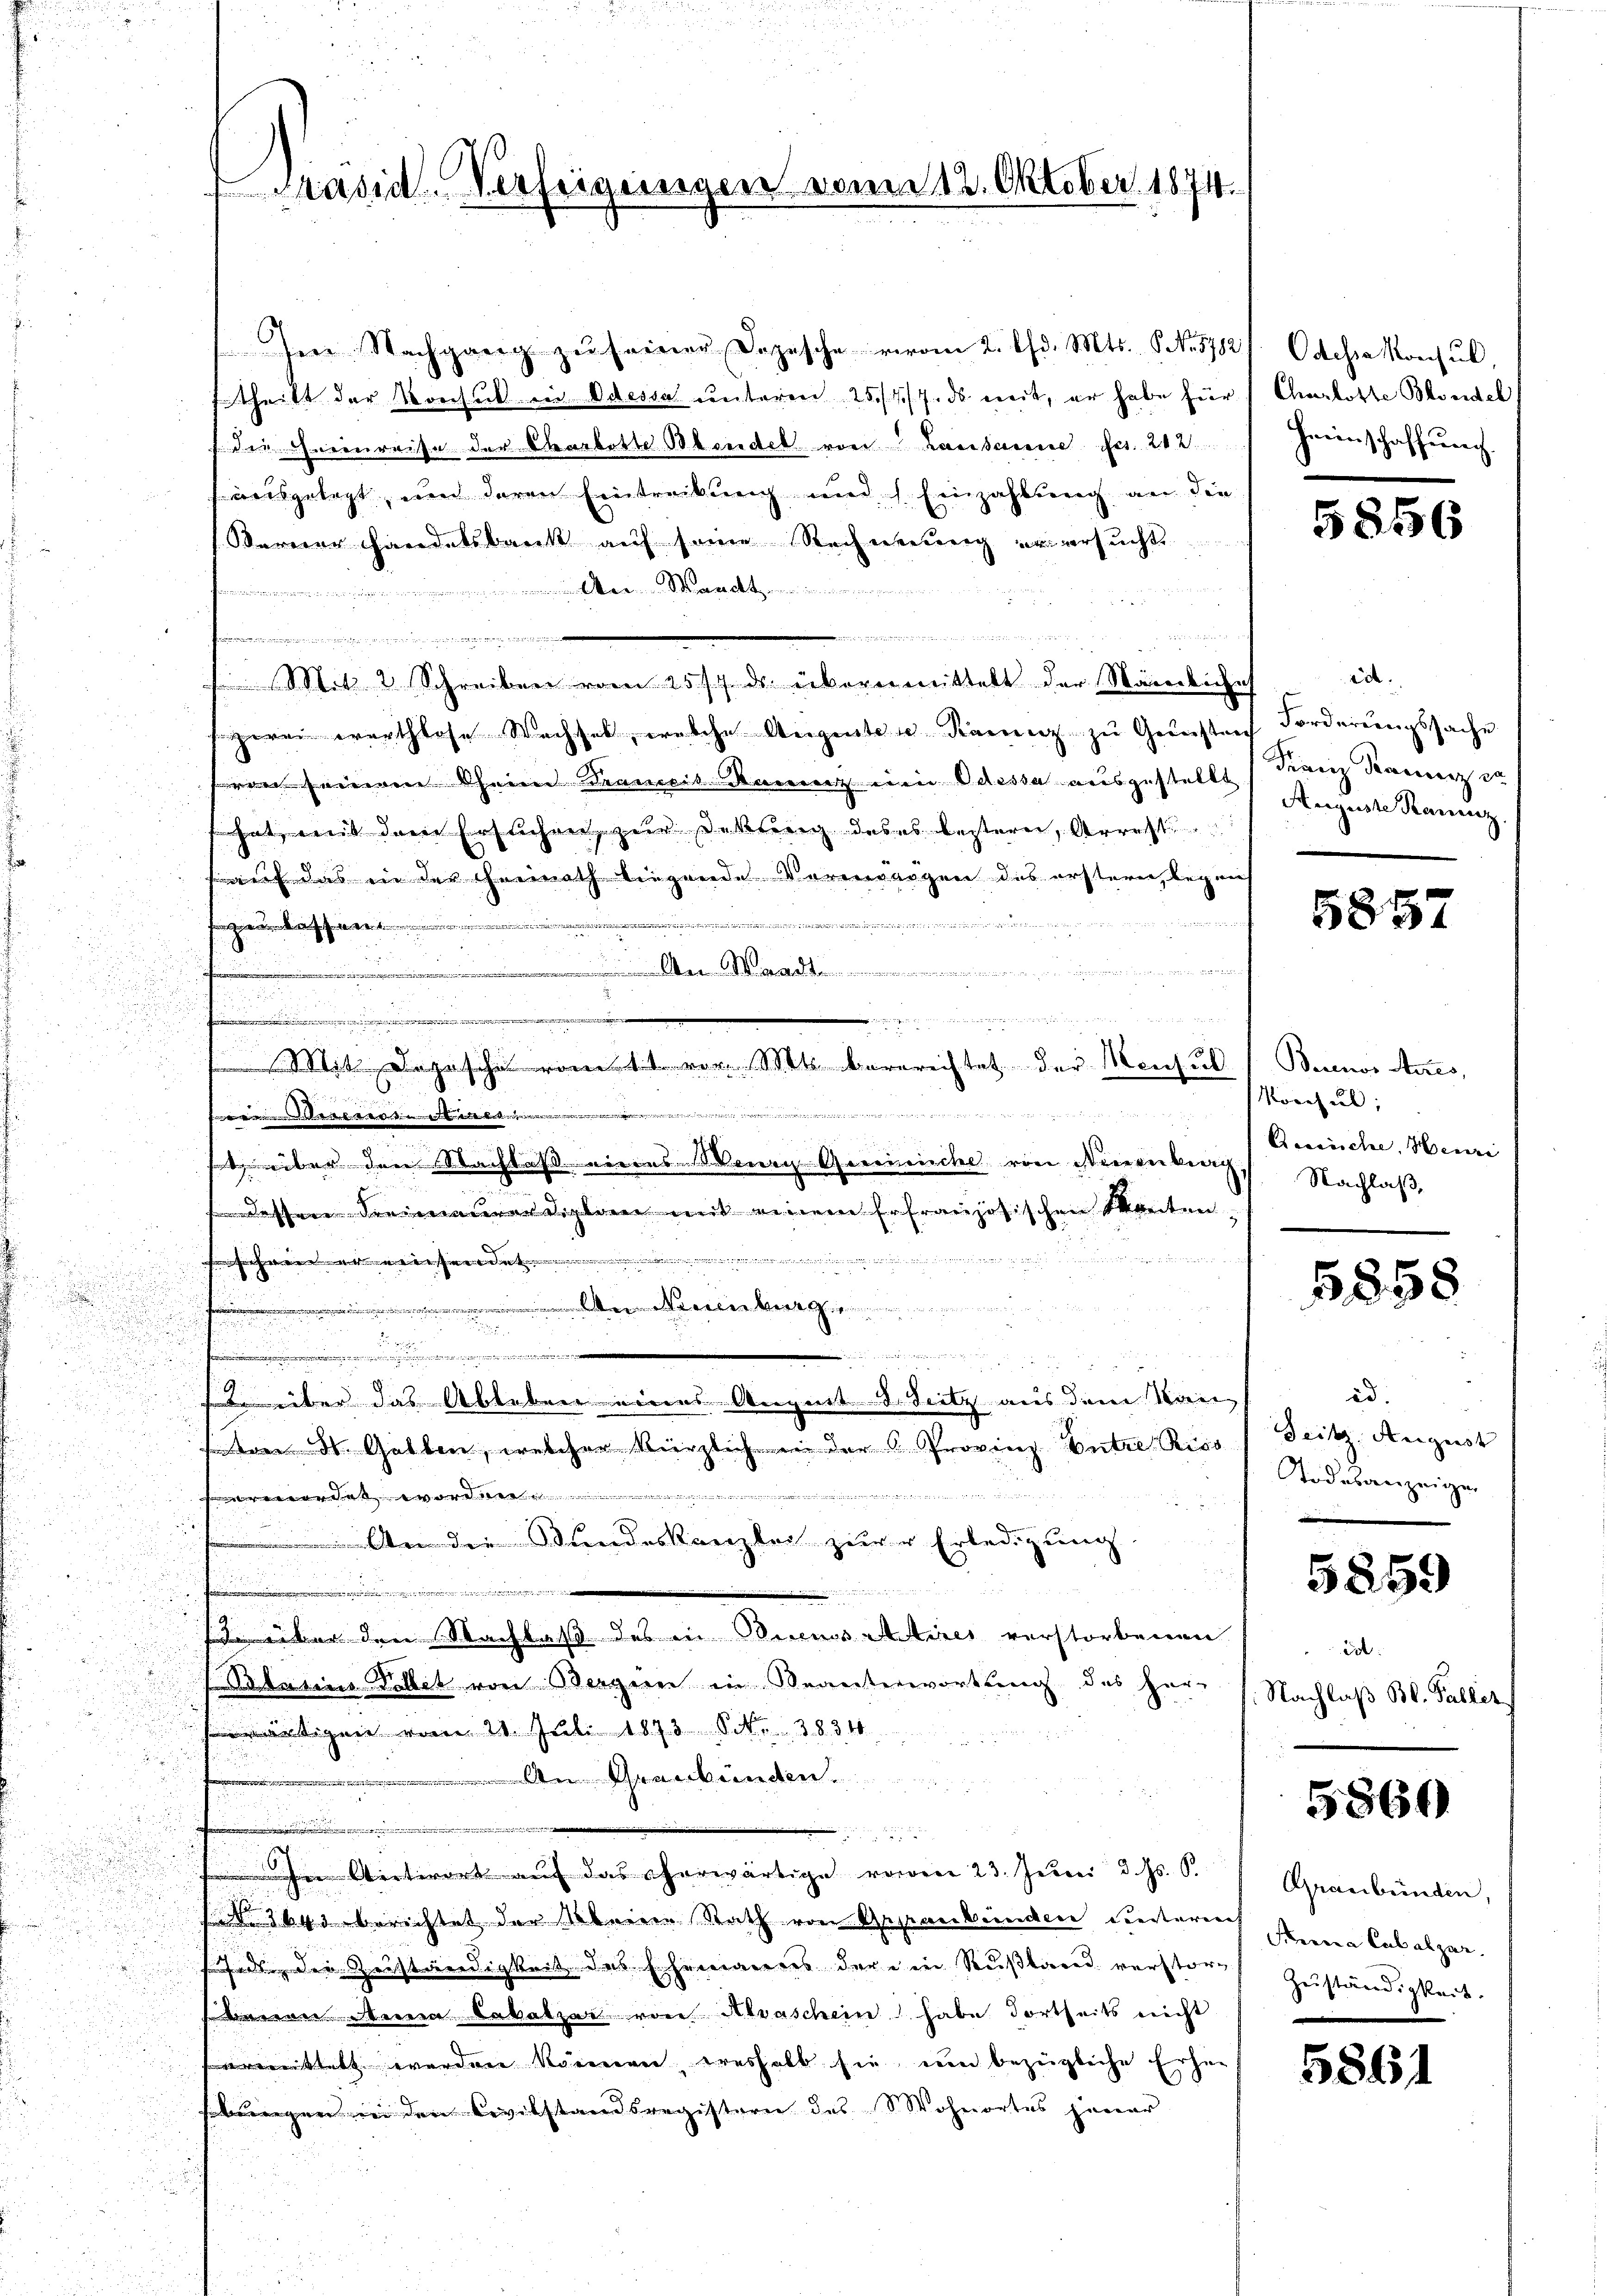
Prasick. Verfeigungen vom 12. Oktober 1874

Ien Nachgang zŭ seiner Depesche vivom 2. Chr. Mts. S. N. 5782
ftheilt der Konsul in Odessa unteren 25/4/7. ds mit, er habe für Charlotte Blondel
f die Cheeinreise der Carbotte Beeidel von Lausanne Ges. 202
uausgelegt, und deren Eintreckung und Einzahlung an die
Berner Handelsbank auf seine Rechnung er ersucht
we in der
.
int der
t

e
 Mit 2 Schreiben vom 25. ds. übermittelt der Nämliches
zwei warthlose Wachsel, welche Augenten Kainz zu Gunsten
ren seinem Oheim Drancis-Ranz ein Odessa ausgestellt Franz Kauz er
s hat, mit dem Ersuchen, zur Rettung des es bestern, Arrest
auf das in der Freinath liegende Vorerargen des erstern, legen
                               in der Herrn
.

.............
t

.
¬

t
,
u
M Depesche vom 1ten vor. Mts. berereistet der Monsul
 wesen wesen, wenn es wegen von einen
Aenerosen
d
sat über den Nachlaß niedes Venen Gereinische von istienberg.
 dessen Freimaurer Diplan mit einem Erfranzösischen Stantenaenden Gener
freien ein weiten wie
.
t
u
n
n
.

ste über das Ableben eines August d. Seitz aus dem Kan¬

ton St. Gallen, welcher kürzlich in der Provinz Entre Riss
u
rmordet worden.
 An die Bundeskanzlei zur Erledigung

h
 über den Nachlaß des in Diens Actires verstorbenen
Bauins Dollet von Bergern in Beanterwortung des Her-
ärtigen vom 21. Juli 1873 S. 38340
An Graubünden
i

Witwort auf das eherwärtige voren 23. Juni d. Js. S.
 364 berichtet der Meine Rath von Gesanbünden unterrich seine Cabalzer-
fede die Zerständigkeit des Ehemannes der ein Rußlaren verstors Zuständigkeit.
sbauen Anna Labatzar von Alvaschein habe dortseits nicht
vermittelt worden könnern ernshalb sie um bezügliche Erhie
bungen in den Civilstandsregistern des Wohnortes jener

Odeha Konsul,
Heinschaffung.

5856

idt.
Forderungssache
Auguste Kanz

5857

Beienor Anes,
Konsul,
Roversche, Herre
Nachlaß,

5858

id.
Seitz. August
Todesanzeigen

5859

de
Nachlaß Bl. Pallet

5860

Graubünden,

5861